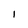
Character: I